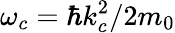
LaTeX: \omega_{c}=\hbar k_{c}^{2}/2m_{0}